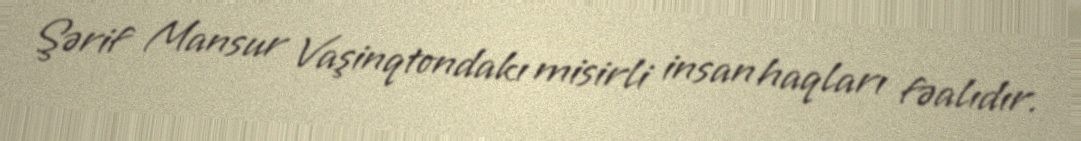
Şərif Mansur Vaşinqtondakı misirli insan haqları fəalıdır.